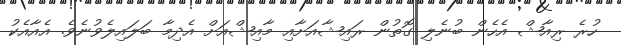
ހުރެ ރިއާޝް އެހެން ބުނެލި ގޮތުން ރައިޝާއަށާއި މާއިޝްއަށް އެދިމާ ބަލައިލެވުނެވެ. އެއާއެކު